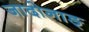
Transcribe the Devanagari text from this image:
जादोनाङ्